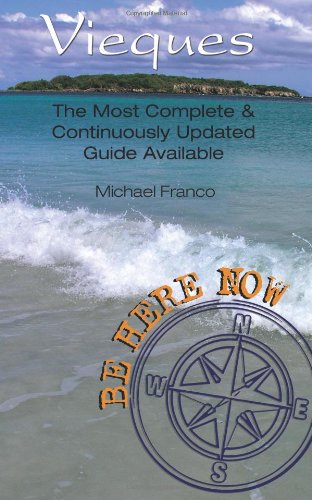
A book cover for Be Here Now: Vieques: The Most Complete And Continuously Updated Guide Available; Michael Franco; Travel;